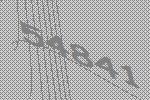
54841